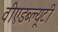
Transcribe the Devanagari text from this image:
वीएडब्ल्यूटी